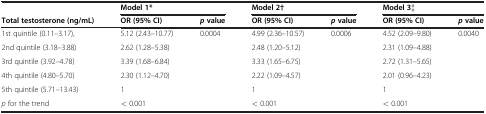
<table><thead><tr><td><b> </b></td><td colspan="2"><b>Model 1*</b></td><td colspan="2"><b>Model 2†</b></td><td colspan="2"><b>Model 3‡</b></td></tr><tr><td><b>Total testosterone (ng/mL)</b></td><td><b>OR (95% CI)</b></td><td><b><i>p</i> value</b></td><td><b>OR (95% CI)</b></td><td><b><i>p</i> value</b></td><td><b>OR (95% CI)</b></td><td><b><i>p</i> value</b></td></tr></thead><tbody><tr><td>1st quintile (0.11–3.17),</td><td>5.12 (2.43–10.77)</td><td rowspan="5">0.0004</td><td>4.99 (2.36–10.57)</td><td rowspan="5">0.0006</td><td>4.52 (2.09–9.80)</td><td rowspan="5">0.0040</td></tr><tr><td>2nd quintile (3.18–3.88)</td><td>2.62 (1.28–5.38)</td><td>2.48 (1.20–5.12)</td><td>2.31 (1.09–4.88)</td></tr><tr><td>3rd quintile (3.92–4.78)</td><td>3.39 (1.68–6.84)</td><td>3.33 (1.65–6.75)</td><td>2.72 (1.31–5.65)</td></tr><tr><td>4th quintile (4.80–5.70)</td><td>2.30 (1.12–4.70)</td><td>2.22 (1.09–4.57)</td><td>2.01 (0.96–4.23)</td></tr><tr><td>5th quintile (5.71–13.43)</td><td>1</td><td>1</td><td>1</td></tr><tr><td><i>p</i> for the trend</td><td>&lt; 0.001</td><td> </td><td>&lt; 0.001</td><td> </td><td>&lt; 0.001</td><td> </td></tr></tbody></table>